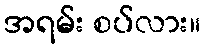
အရမ်း စပ်လား။